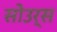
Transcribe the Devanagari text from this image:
सोउर्स